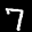
Label: 7